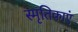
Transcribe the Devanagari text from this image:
स्मृतिकाएं